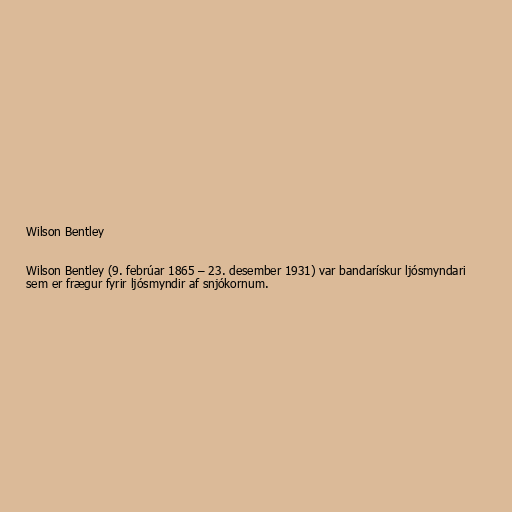
Wilson Bentley

Wilson Bentley (9. febrúar 1865 – 23. desember 1931) var bandarískur ljósmyndari
sem er frægur fyrir ljósmyndir af snjókornum.